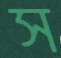
স